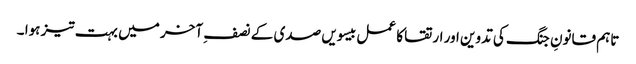
تاہم قانونِ جنگ کی تدوین اور ارتقا کا عمل بیسویں صدی کے نصف ِ آخر میں بہت تیز ہوا ۔